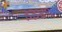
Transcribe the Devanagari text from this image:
३३४९